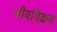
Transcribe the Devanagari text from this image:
जीवविक्रय